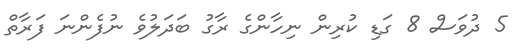
5 ދުވަސް 8 ގަޑި ކުރިން ނިހާންގެ ރާގު ބަދަލުވެ ނުފެންނަ ފަރާތް